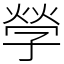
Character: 𡦃